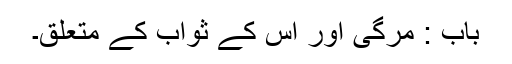
باب : مرگی اور اس کے ثواب کے متعلق۔